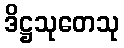
ဒိဋ္ဌသုတေသု